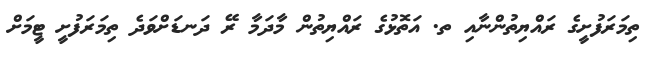
ތިމަރަފުށީގެ ރައްޔިތުންނާއި ތ. އަތޮޅުގެ ރައްޔިތުން މާދަމާ ރޭ ދަނޑަށްވަދެ ތިމަރަފުށީ ޓީމަށް